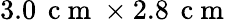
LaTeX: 3.0\, \mathrm{~c~m~}\times 2.8\, \mathrm{~c~m~}